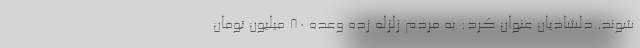
شوند. دلشادیان عنوان کرد: به مردم زلزله زده وعده 80 میلیون تومان